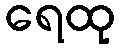
ရေထု